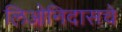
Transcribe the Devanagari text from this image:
लिओनिदासचे